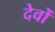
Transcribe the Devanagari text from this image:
देवोँ